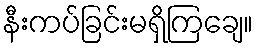
နီးကပ်ခြင်းမရှိကြချေ။